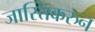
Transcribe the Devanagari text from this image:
जास्तिकरुन